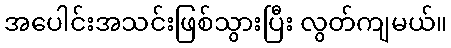
အပေါင်းအသင်းဖြစ်သွားပြီး လွတ်ကျမယ်။